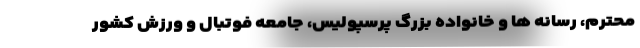
محترم، رسانه ها و خانواده بزرگ پرسپولیس، جامعه فوتبال و ورزش کشور